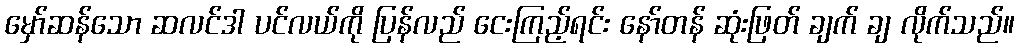
မှော်ဆန်သော ဆလင်ဒါ ပင်လယ်ကို ပြန်လည် ငေးကြည့်ရင်း နော်တန် ဆုံးဖြတ် ချက် ချ လိုက်သည်။